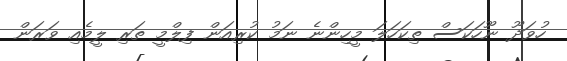
ހުވަދޫ ނޫހަކަސް ތިކަހަލަ މީހިންނެ ނަމު ކުރިއަން ފިލްމީ ތަރި ލީމެއި ވަރަން